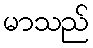
မာသည်